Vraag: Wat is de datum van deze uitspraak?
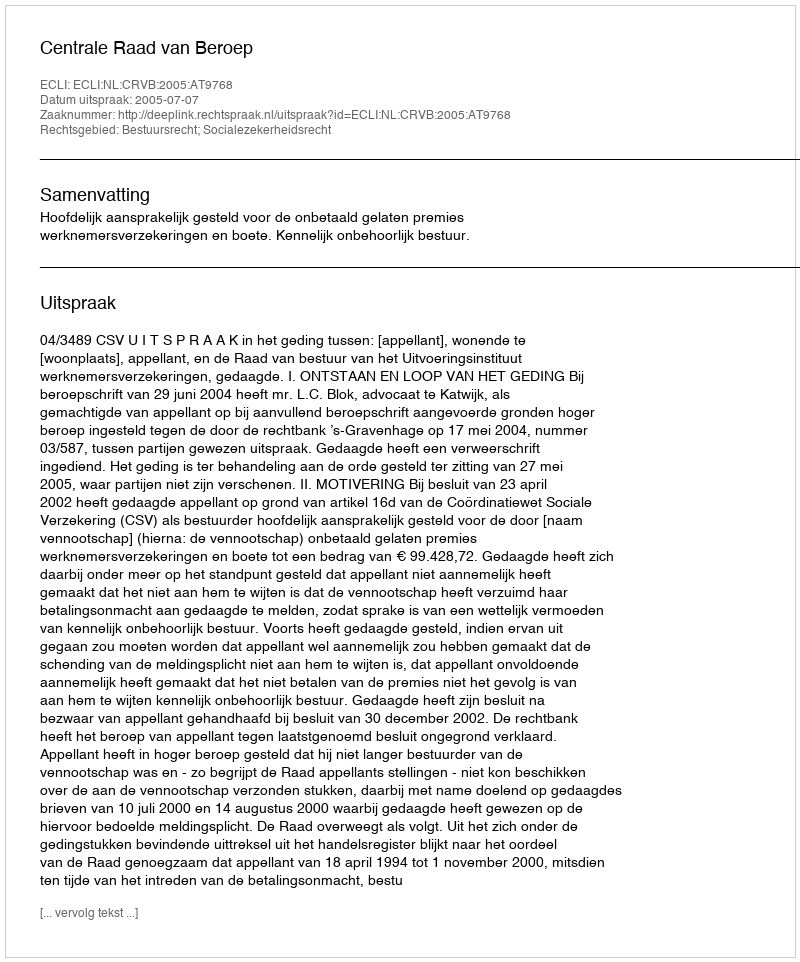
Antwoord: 2005-07-07